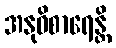
အနုဝိစာရေန္တိ